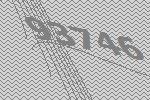
93746